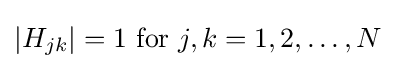
|H_{jk}|=1{\text{ for }}j,k=1,2,\dots ,N